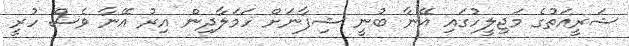
ޝަރީއަތުގެ މަޖިލީހުގައި އޭނާ ބުނީ ޝިފާނަށް ހަމަލާދިން އިރު އޭނާ ވެސް ހުރީ